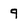
Character: 9